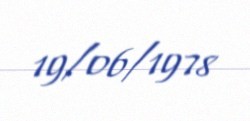
19/06/1978